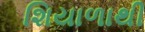
શિયાળાથી